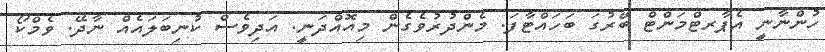
ހުންނާނީ އެޕާރޓްމަންޓް ބޭރުގަ ބަހައްޓާފަ. މެންދުރުވެގެން މިއޮއްދަނީ. އަދިވެސް ކުނިބަލައެއް ނާދޭ. ވެމްކޯ